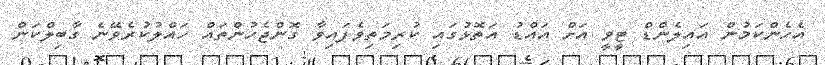
އެހެންކަމުން އައިލެންޑް ޓީވީ އަށް އައްޑު އަތޮޅުގައި ކުރިމަތިވެފައިވާ ގޮންޖެހުންތައް ހައްލުކުރެވޭނެ ގާބިލްކަން